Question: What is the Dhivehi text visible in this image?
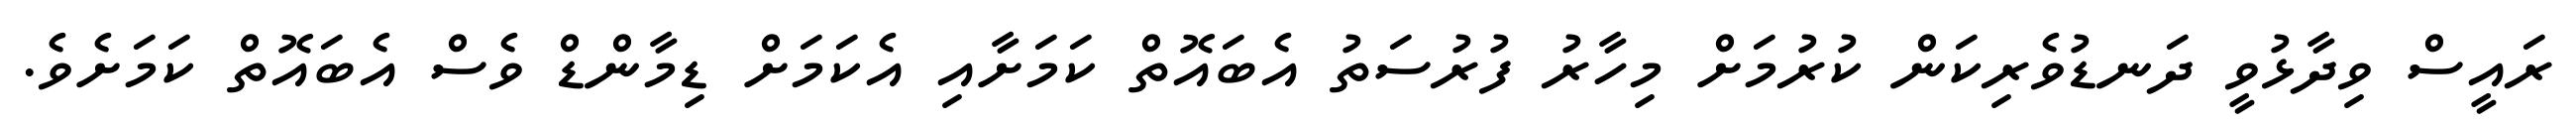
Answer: ރައީސް ވިދާޅުވީ ދަނޑުވެރިކަން ކުރުމަށް މިހާރު ފުރުސަތު އެބައޮތް ކަމަށާއި އެކަމަށް ޑިމާންޑް ވެސް އެބައޮތް ކަމަށެވެ.